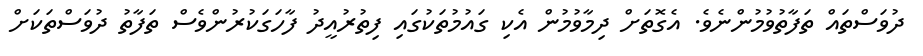
ދުވަސްތައް ތަފާތުވުމުންނެވެ. އެގޮތަށް ދިމާވުމުން އެކި ގައުމުތަކުގައި ފިތުރުއީދު ފާހަގަކުރުންވެސް ތަފާތު ދުވަސްތަކަށް